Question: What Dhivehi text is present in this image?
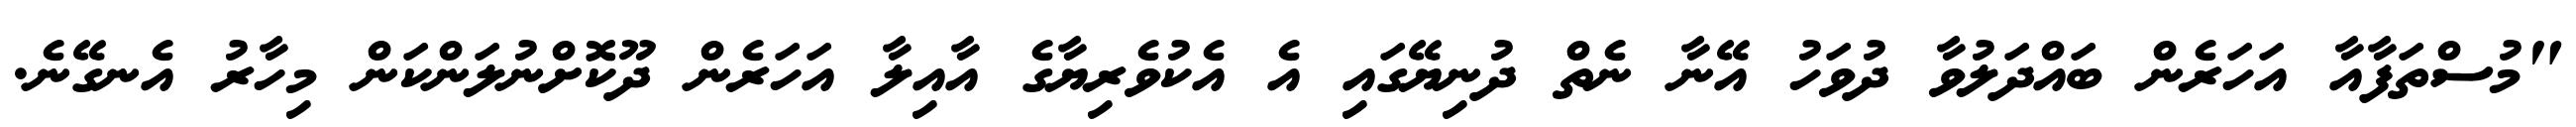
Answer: "މުސްތަފާއާ އަހަރެން ބައްދަލުވާ ދުވަހު އޭނާ ނެތް ދުނިޔޭގައި އެ އެކުވެރިޔާގެ އާއިލާ އަހަރެން ދޫކޮށްނުލަންކަން މިހާރު އެނގޭނެ.